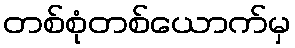
တစ်စုံတစ်ယောက်မှ